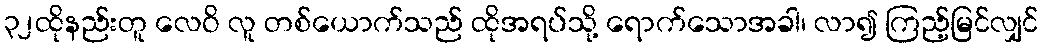
၃၂ထိုနည်းတူ လေဝိ လူ တစ်ယောက်သည် ထိုအရပ်သို့ ရောက်သောအခါ၊ လာ၍ ကြည့်မြင်လျှင်